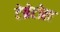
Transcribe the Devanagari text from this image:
टेग्रेटोल